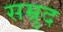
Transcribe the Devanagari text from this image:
सम्रुद